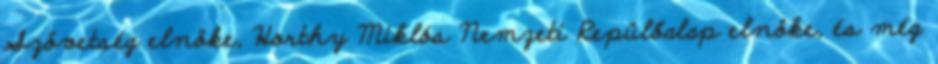
Szövetség elnöke, Horthy Miklós Nemzeti Repülőalap elnöke, és még